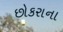
છોકરાના